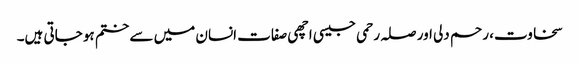
سخاوت، رحم دلی اور صلہ رحمی جیسی اچھی صفات انسان میں سے ختم ہو جاتی ہیں۔